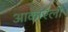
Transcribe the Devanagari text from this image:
आकारली